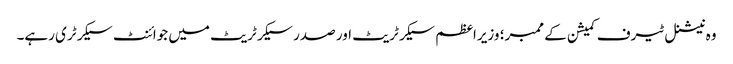
وہ نیشنل ٹیرف کمیشن کے ممبر؛ وزیراعظم سیکرٹریٹ اور صدر سیکرٹریٹ میں جوائنٹ سیکرٹری رہے۔